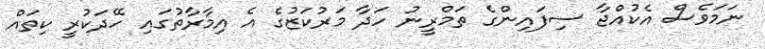
ނަމަވެސް އެކުއްޖާ ސިފައިންގެ ތަމްރީނު ހަދާ މަރުކަޒުގެ އެ އިމާރާތުގައި ހޭދަކުރީ ކިތައް